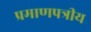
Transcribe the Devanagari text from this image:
प्रमाणपत्रीय